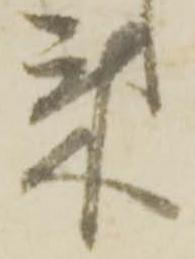
来